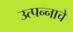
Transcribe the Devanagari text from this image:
उत्‍पन्‍नाचे